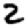
Digit: 2